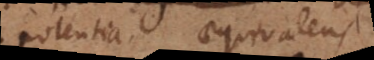
Potentia. Aequivalens.